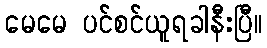
မေမေ ပင်စင်ယူရခါနီးပြီ။